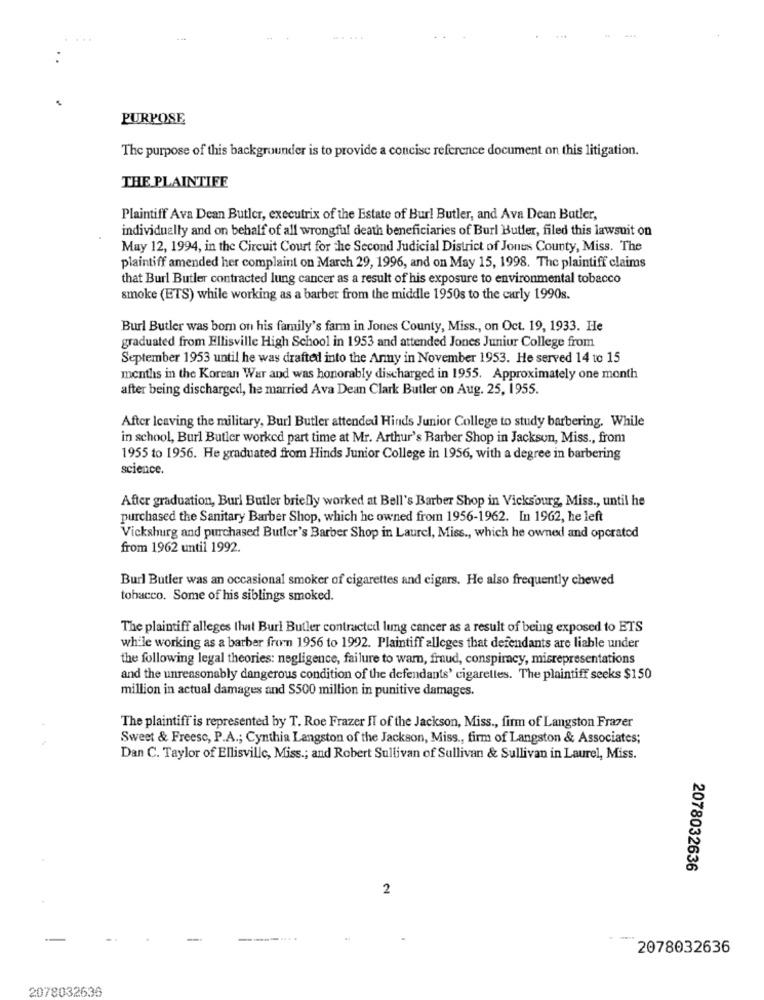
...
PURPOSE
The purpose of this backgrounder is to provide a concise reference document on this litigation.
THE PLAINTIFF
Plaintiff Ava Dean Butler, executrix of the Estate of Bur! Butler, and Ava Dean Butler,
individually and on behalf of all wrongful death beneficiaries of Burl Butler, filed this lawsuit on
May 12, 1994, in the Circuit Court for the Second Judicial District of Jones County, Miss. The
plaintiff amended her complaint on March 29, 1996, and on May 15, 1998. The plaintiff claims
that Burl Butler contracted lung cancer as a result of his exposure to environmental tobacco
smoke (ETS) while working as a barber from the middle 1950s to the carly 1990s.
Burl Butler was born on his family's farm in Jones County, Miss ., on Oct. 19, 1933. He
graduated from Ellisville High School in 1953 and attended Jones Junior College from
September 1953 until he was drafted into the Army in November 1953. He served 14 to 15
months in the Korean War and was honorably discharged in 1955. Approximately one month
after being discharged, he married Ava Dean Clark Butler on Aug. 25, 1955.
After Icaving the military, Burl Butler attended Hinds Junior College to study barbering. While
in school, Burl Butler worked part time at Mr. Arthur's Barber Shop in Jackson, Miss ., from
1955 to 1956. He graduated from Hinds Junior College in 1956, with a degree in barbering
science.
After graduation, Burl Butler briefly worked at Bell's Barber Shop in Vicksburg, Miss ., until he
purchased the Sanitary Barber Shop, which he owned from 1956-1962. In 1962, he left
Vicksburg and purchased Butler's Barber Shop in Laurel, Miss ., which he owned and operated
from 1962 until 1992.
Burl Butler was an occasional smoker of cigarettes and cigars. He also frequently chewed
tobacco. Some of his siblings smoked.
The plaintiff alleges that Buri Butler contracted lung cancer as a result of being exposed to ETS
while working as a barber from 1956 to 1992. Plaintiff alleges that defendants are liable under
the following legal theories: negligence, failure to warn, fraud, conspiracy, misrepresentations
and the unreasonably dangerous condition of the defendants' cigarettes. The plaintiff seeks $150
million in actual damages and S500 million in punitive damages.
The plaintiff is represented by T. Roe Frazer IT of the Jackson, Miss ., firm of Langston Frazer
Sweet & Freesc, P.A .; Cynthia Langston of the Jackson, Miss ., firm of Langston & Associates;
Dan C. Taylor of Ellisville, Miss .; and Robert Sullivan of Sullivan & Sullivan in Laurel, Miss.
2078032636
2
----....
2078032636
2078032636